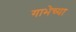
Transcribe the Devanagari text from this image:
गाभेच्या